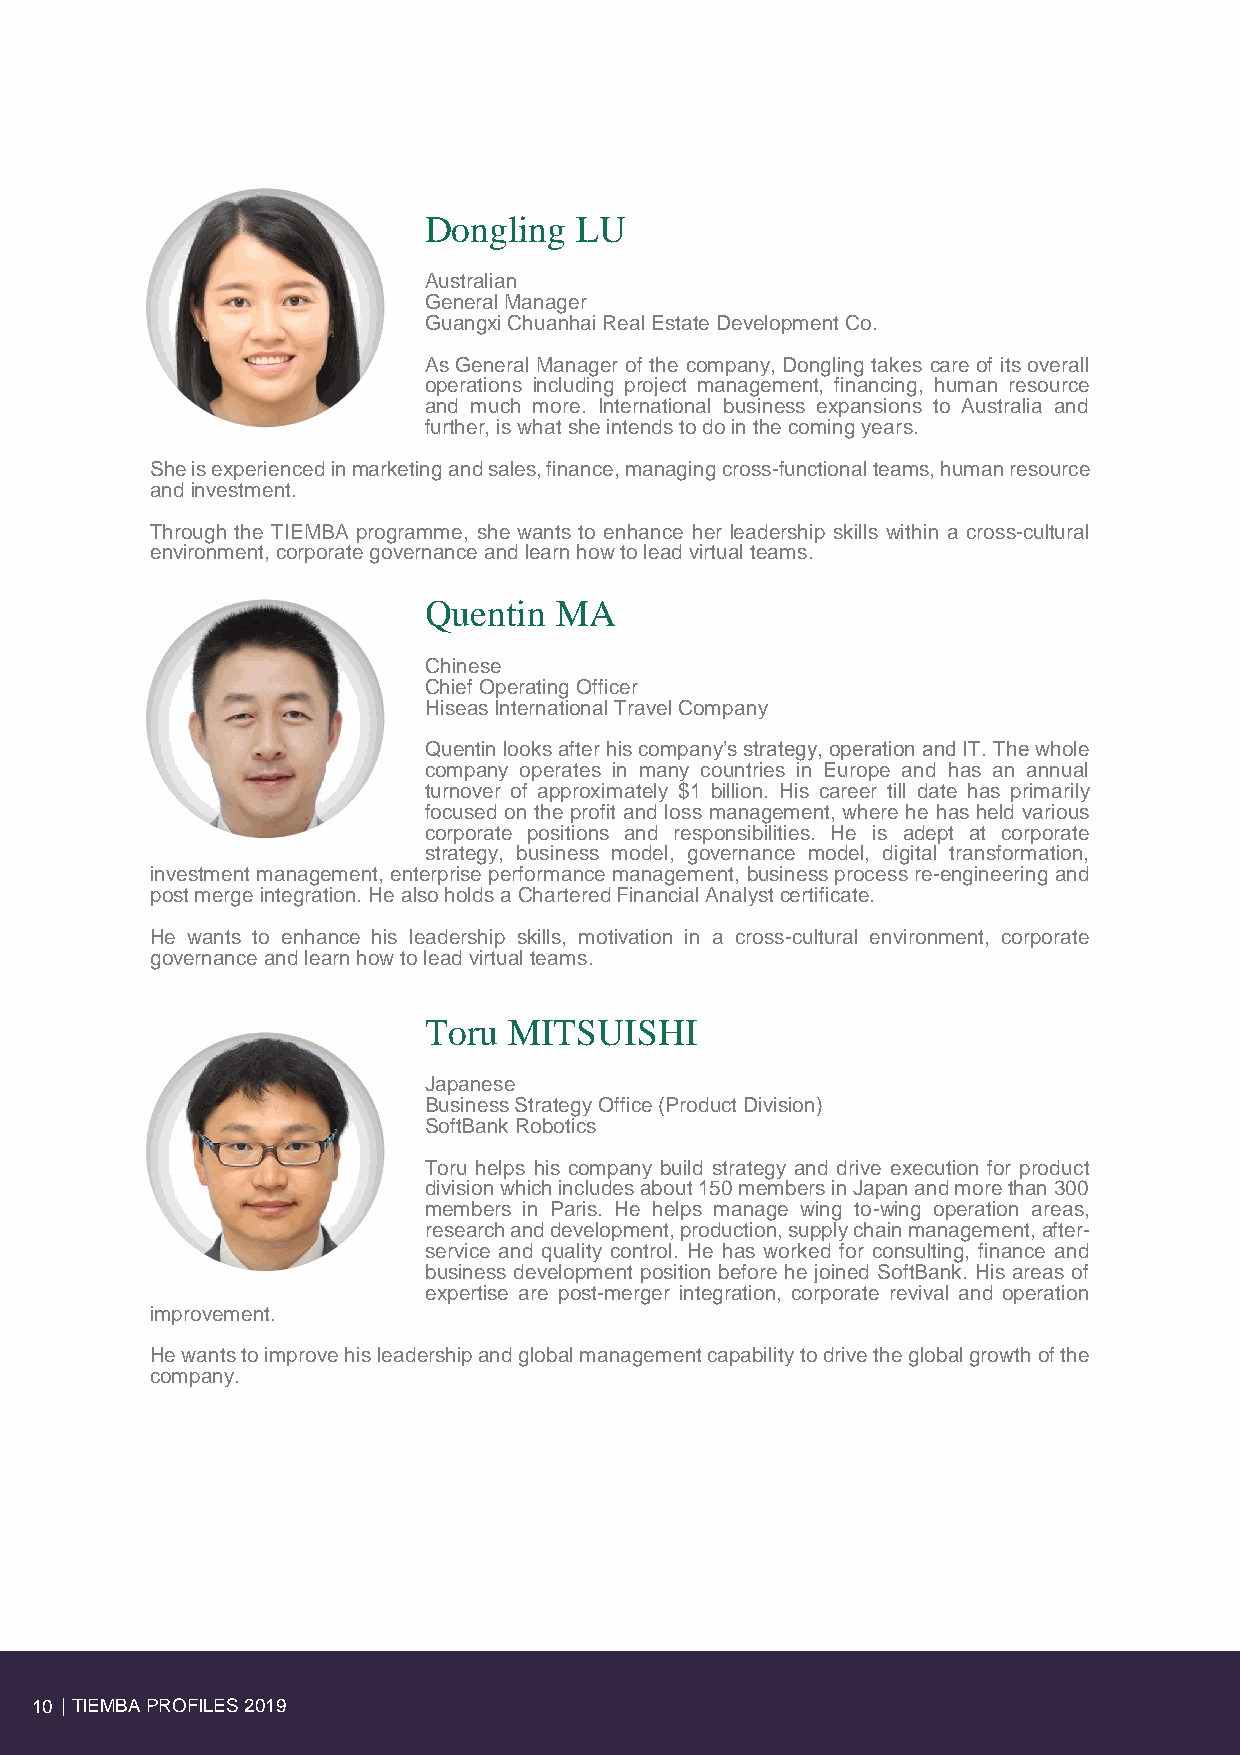
Dongling  LU
 Australian
 General Manager
 Guangxi Chuanhai Real Estate Development Co.
 As General Manager of the company, Dongling takes care of its overall
 operations including project management, financing, human resource
 and much more. International business expansions to Australia and
 further, is what she intends to do in the coming years.
 She is experienced in marketing and sales, finance, managing cross-functional teams, human resource
 and investment.
 Through the TIEMBA programme, she wants to enhance her leadership skills within a cross-cultural
 environment, corporate governance and learn how to lead virtual teams.
 Quentin  MA
 Chinese
 Chief Operating Officer
 Hiseas International Travel Company
 Quentin looks after his company’s strategy, operation and IT. The whole
 company operates in many countries in Europe and has an annual
 turnover of approximately $1 billion. His career till date has primarily
 focused on the profit and loss management, where he has held various
 corporate positions and responsibilities. He is adept at corporate
 strategy, business model, governance model, digital transformation,
 investment management, enterprise performance management, business process re-engineering and
 post merge integration. He also holds a Chartered Financial Analyst certificate.
 He wants to enhance his leadership skills, motivation in a cross-cultural environment, corporate
 governance and learn how to lead virtual teams.
 Toru  MITSUISHI
 Japanese
 Business Strategy Office (Product Division)
 SoftBank Robotics
 Toru helps his company build strategy and drive execution for product
 division which includes about 150 members in Japan and more than 300
 members in Paris. He helps manage wing to-wing operation areas,
 research and development, production, supply chain management, after-
 service and quality control. He has worked for consulting, finance and
 business development position before he joined SoftBank. His areas of
 expertise are post-merger integration, corporate revival and operation
 improvement.
 He wants to improve his leadership and global management capability to drive the global growth of the
 company.
 10 | TIEMBA PROFILES 2019